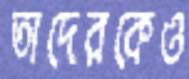
তাদেরকেও